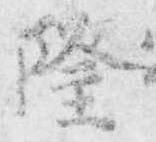
隆